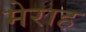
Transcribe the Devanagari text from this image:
मेराह